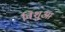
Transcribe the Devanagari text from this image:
विशुआ